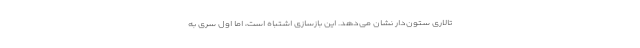
تالاری ستون‌دار نشان می‌دهد. این بازسازی اشتباه است، اما اول سری به